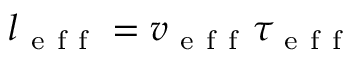
l _ { \mathrm { ~ e ~ f ~ f ~ } } = v _ { \mathrm { ~ e ~ f ~ f ~ } } \tau _ { \mathrm { ~ e ~ f ~ f ~ } }